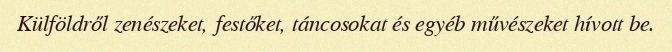
Külföldről zenészeket, festőket, táncosokat és egyéb művészeket hívott be.